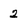
Character: 2